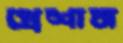
প্রেশাস